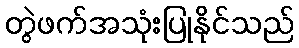
တွဲဖက်အသုံးပြုနိုင်သည်